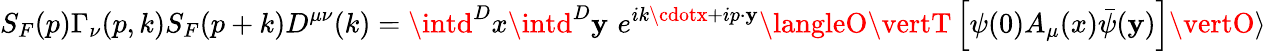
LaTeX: S_{F}(p)\Gamma_{\nu}(p,k)S_{F}(p+k)D^{\mu\nu}(k)=\intd^{D}x\intd^{D}\mathbf{y}\, \, e^{ik\cdotx+ip\cdot\mathbf{y}}\langleO\vertT\left[\psi(0)A_{\mu}(x)\bar{{\psi}}(\mathbf{y})\right]\vertO\rangle